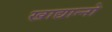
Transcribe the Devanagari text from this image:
खाद्यान्नो